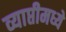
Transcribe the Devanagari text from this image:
व्याप्तीमध्ये